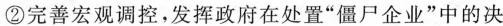
②完善宏观调控，发挥政府在处置”僵尸企业”中的决